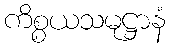
ကိစ္စယသမုဋ္ဌာနံ